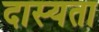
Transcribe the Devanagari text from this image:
दास्यता